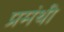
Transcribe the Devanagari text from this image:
प्रमंथी